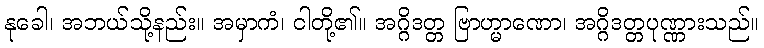
နုခေါ၊ အဘယ်သို့နည်း။ အမှာကံ၊ ငါတို့၏။ အဂ္ဂိဒတ္တ ဗြာဟ္မာဏော၊ အဂ္ဂိဒတ္တပုဏ္ဏားသည်။